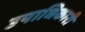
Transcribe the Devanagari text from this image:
उपाधिकारी